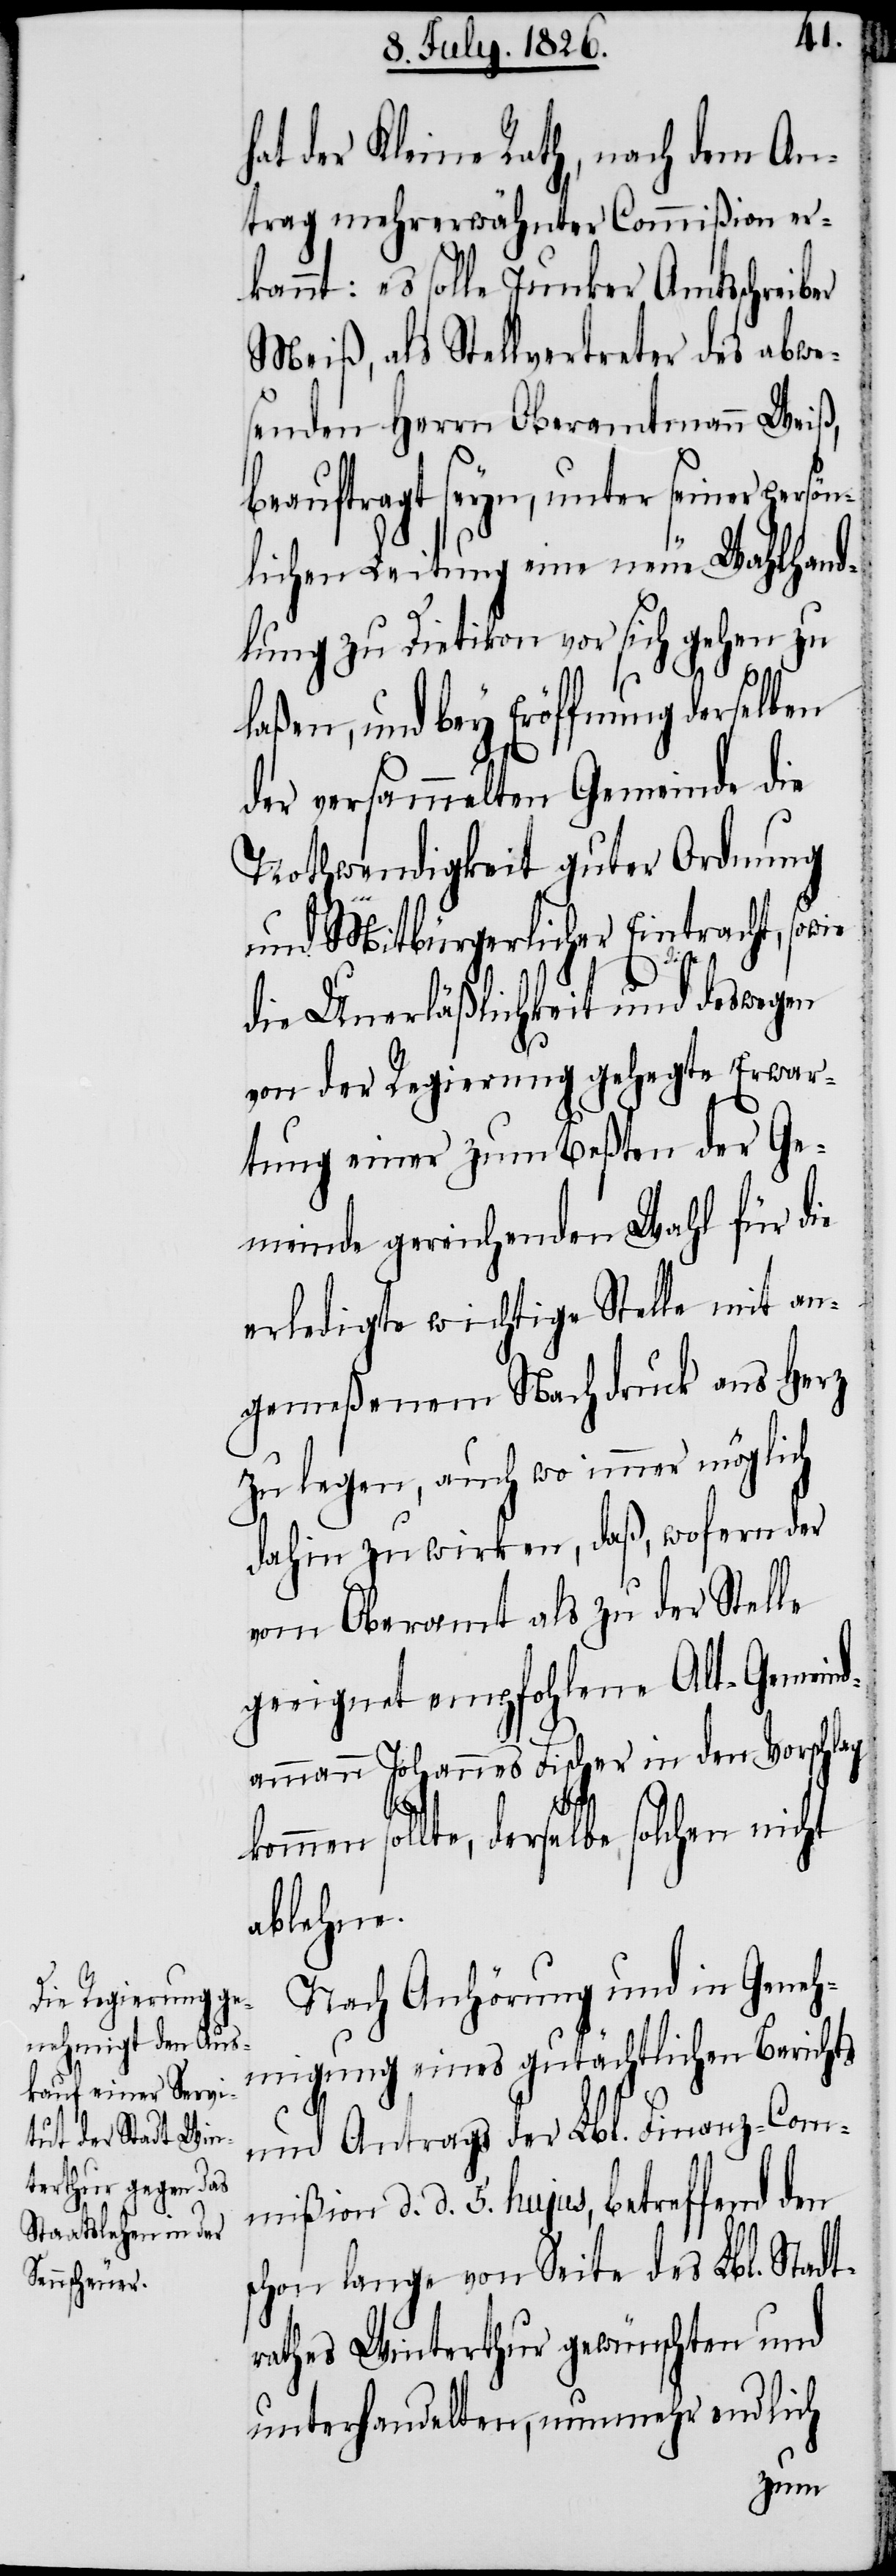
hat der Kleine Rath, nach dem An¬
trag mehrerwähnter Commißion er¬
kannt: es solle Junker Amtsschreiber
Meiß, als Stellvertreter des abwe¬
senden Herrn Oberamtmann Weiß,
beauftragt seyn, unter seiner persön¬
lichen Leitung eine neue Wahlhand¬
lung zu Dietikon vor sich gehen zu
laßen, und bey Eröffnung derselben
der versammelten Gemeinde die
Nothwendigkeit guter Ordnung
und Mitbürgerlicher Eintracht, sow¬
ie
die Unerläßlichkeit und deswegen
von der Regierung gehegte Erwar¬
tung einer zum Beßten der Ge¬
meinde gereichenden Wahl für die
erledigte wichtige Stelle mit an¬
gemeßenem Nachdruck ans Herz
zu legen, auch wo immer möglich
dahin zu wirken, daß, wofern der
vom Oberamt als zu der Stelle
geeignet empfohlene Alt-Gemein¬
dammann Johannes Fischer in den Vorschlag
kommen sollte, derselbe solchen nicht
ablehne.
Nach Anhörung und in Geneh¬
migung eines gutächtlichen Berichts
und Antrags der Lbl. Finanz-Com¬
mißion d. d. 5. hujus, betreffend den
schon lange von Seite des Lbl. Stadt¬
rathes Winterthur gewünschten und
unterhandelten, nunmehr endlich